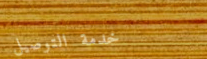
خدمة التوصيل